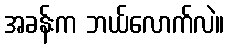
အခန်းက ဘယ်လောက်လဲ။